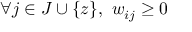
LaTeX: \forall j \in J \cup \{ z \} , \ w _ { i j } \geq 0